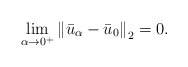
\begin{align*}\lim_{\alpha\rightarrow 0^+}\left\|\bar u_\alpha-\bar u_0\right\|_2=0.\end{align*}